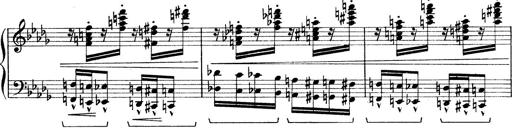
Title: Rapsodie: 19 ungheresi, 1 spagnuola
Composer: Franz Liszt